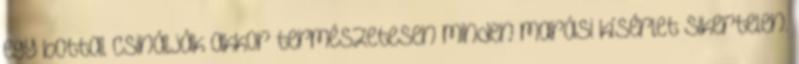
egy bottal csinálják akkor természetesen minden marási kísérlet sikertelen.